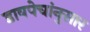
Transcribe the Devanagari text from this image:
डावपेचांनुसार